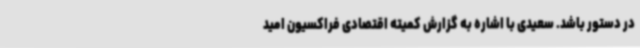
در دستور باشد. سعیدی با اشاره به گزارش کمیته اقتصادی فراکسیون امید